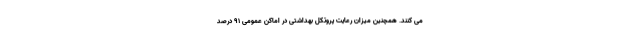
می کنند. همچنین میزان رعایت پروتکل بهداشتی در اماکن عمومی ۹۱ درصد